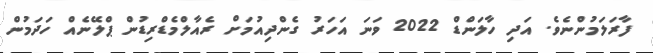
ފާރަލަމުންނެވެ. އަދި ހާލަންޑް 2022 ވަނަ އަހަރު ގެންދިއުމަށް ރެއާލްމެޑްރިޑުން ޕްލޭނެއް ހަދަމުން